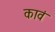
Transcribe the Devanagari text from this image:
कावं